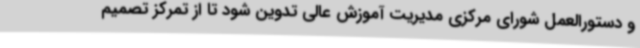
و دستورالعمل شورای مرکزی مدیریت آموزش عالی تدوین شود تا از تمرکز تصمیم